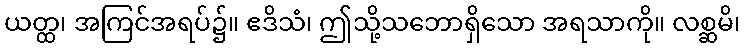
ယတ္ထ၊ အကြင်အရပ်၌။ ဧဒိသံ၊ ဤသို့သဘောရှိသော အရသာကို။ လစ္ဆမိ၊